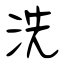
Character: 洗